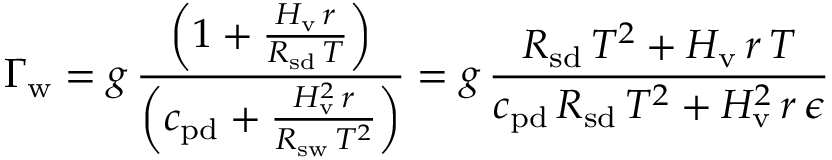
\Gamma _ { \mathrm { w } } = g \, { \frac { \left( 1 + { \frac { H _ { \mathrm { v } } \, r } { R _ { \mathrm { s d } } \, T } } \right) } { \left( c _ { \mathrm { p d } } + { \frac { H _ { \mathrm { v } } ^ { 2 } \, r } { R _ { \mathrm { s w } } \, T ^ { 2 } } } \right) } } = g \, { \frac { R _ { \mathrm { s d } } \, T ^ { 2 } + H _ { \mathrm { v } } \, r \, T } { c _ { \mathrm { p d } } \, R _ { \mathrm { s d } } \, T ^ { 2 } + H _ { \mathrm { v } } ^ { 2 } \, r \, \epsilon } }